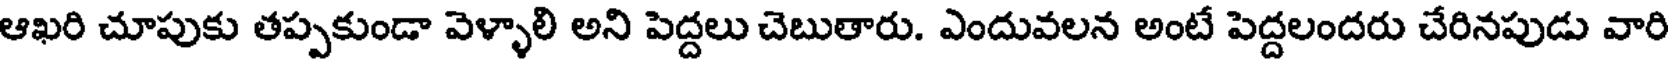
ఆఖరి చూపుకు తప్పకుండా వెళ్ళాలి అని పెద్దలు చెబుతారు. ఎందువలన అంటే పెద్దలందరు చేరినపుడు వారి